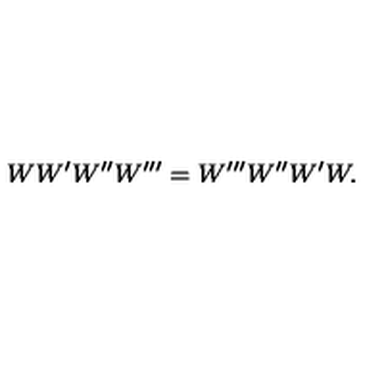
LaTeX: W W ^ { \prime } W ^ { \prime \prime } W ^ { \prime \prime \prime } = W ^ { \prime \prime \prime } W ^ { \prime \prime } W ^ { \prime } W .